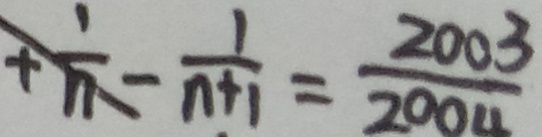
+ \frac { 1 } { n } - \frac { 1 } { n + 1 } = \frac { 2 0 0 3 } { 2 0 0 4 }